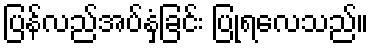
ပြန်လည်အပ်နှံခြင်း ပြုရလေသည်။